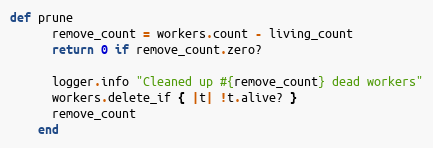
Language: Ruby
def prune
      remove_count = workers.count - living_count
      return 0 if remove_count.zero?

      logger.info "Cleaned up #{remove_count} dead workers"
      workers.delete_if { |t| !t.alive? }
      remove_count
    end